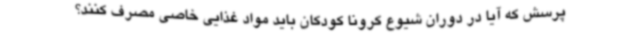
پرسش که آیا در دوران شیوع کرونا کودکان باید مواد غذایی خاصی مصرف کنند؟